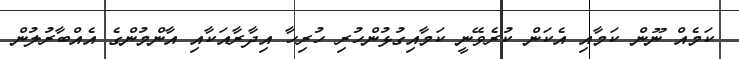
ކަމެއް ނޫން ކަމާއި އެކަން ކުރެވޭނީ ކަމާއިގުޅުންހުރި ހުރިހާ އިދާރާއަކާއި އާންމުންގެ އެއްބާރުލުން